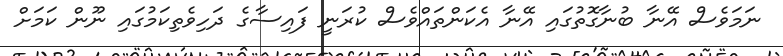
ނަމަވެސް އޭނާ ބުނާގޮތުގައި އޭނާ އެކަންތައްވެސް ކުރަނީ ފައިސާގެ ދަހިވެތިކަމުގައި ނޫން ކަމަށް